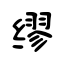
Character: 缪